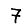
Digit: 7